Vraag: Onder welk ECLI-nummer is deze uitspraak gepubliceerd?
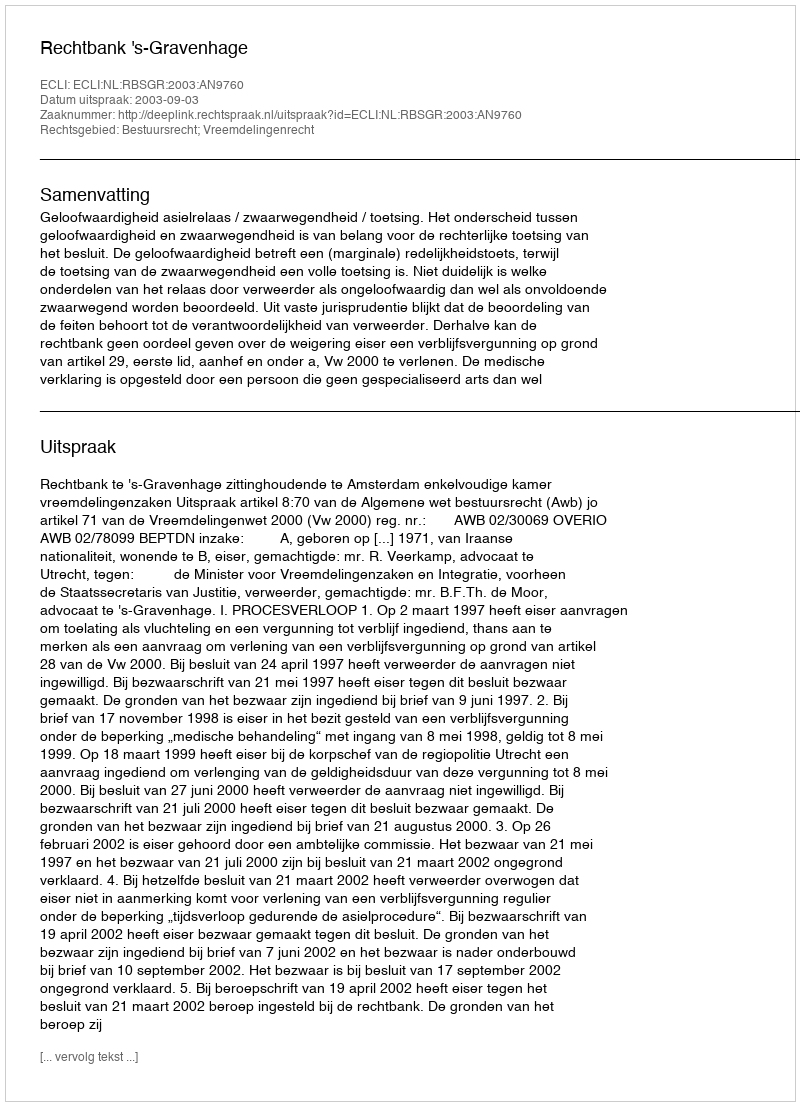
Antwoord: ECLI:NL:RBSGR:2003:AN9760